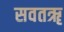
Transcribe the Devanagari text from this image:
सवतॠ